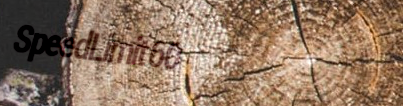
SpeedLimit60